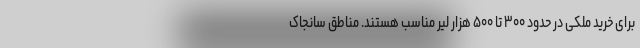
برای خرید ملکی در حدود ۳۰۰ تا ۵۰۰ هزار لیر مناسب هستند. مناطق سانجاک